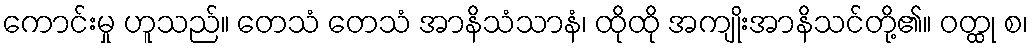
ကောင်းမှု ဟူသည်။ တေသံ တေသံ အာနိသံသာနံ၊ ထိုထို အကျိုးအာနိသင်တို့၏။ ဝတ္ထု စ၊